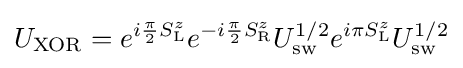
U_{\rm {XOR}}=e^{i{\frac {\pi }{2}}S_{\rm {L}}^{z}}e^{-i{\frac {\pi }{2}}S_{\rm {R}}^{z}}U_{\rm {sw}}^{1/2}e^{i\pi S_{\rm {L}}^{z}}U_{\rm {sw}}^{1/2}